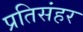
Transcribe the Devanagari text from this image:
प्रतिसंहर